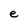
Character: e